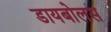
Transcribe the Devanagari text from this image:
डायबोलस